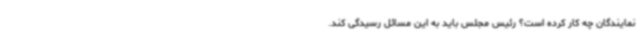
نمایندگان چه کار کرده است؟ رئیس مجلس باید به این مسائل رسیدگی کند.